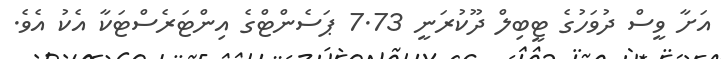
އަށާ ވީސް ދުވަހުގެ ޓީބިލް ދޫކުރަނީ 7.73 ޕަސެންޓްގެ އިންޓަރެސްޓަކާ އެކު އެވެ.